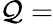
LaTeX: \mathcal{Q}=